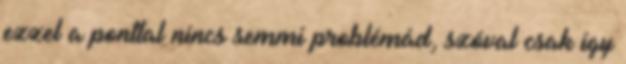
ezzel a ponttal nincs semmi problémád, szóval csak így